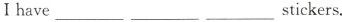
I have ___ ___ ___stickers.